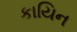
કાયિન